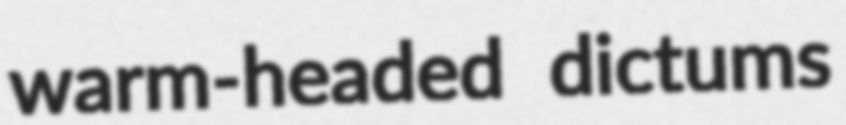
warm-headed dictums